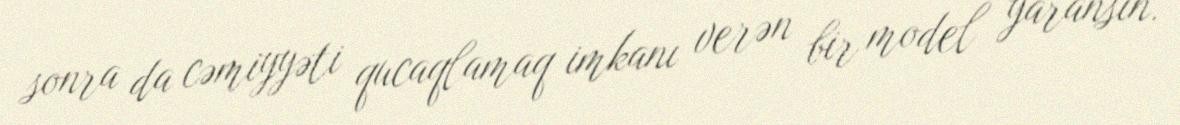
sonra da cəmiyyəti qucaqlamaq imkanı verən bir model yaransın.